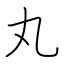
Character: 丸